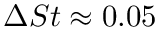
\Delta S t \approx 0 . 0 5